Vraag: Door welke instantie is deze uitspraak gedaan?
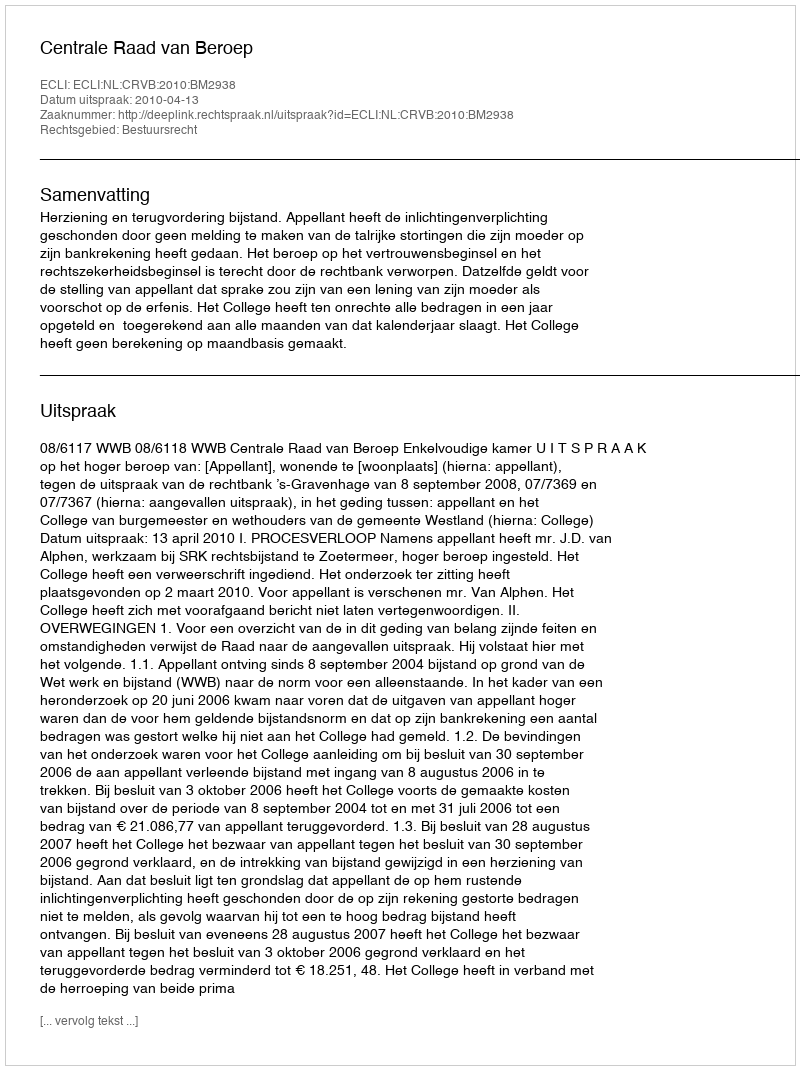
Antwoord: Centrale Raad van Beroep